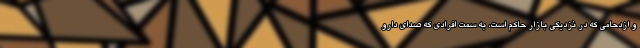
و ازدحامی که در نزدیکی بازار حاکم است، به سمت افرادی که صدای دارو